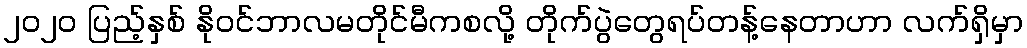
၂၀၂၀ ပြည့်နှစ် နိုဝင်ဘာလမတိုင်မီကစလို့ တိုက်ပွဲတွေရပ်တန့်နေတာဟာ လက်ရှိမှာ